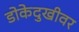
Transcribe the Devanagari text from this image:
डोकेदुखीवर